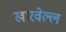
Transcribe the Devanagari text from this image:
खारवेल्ल